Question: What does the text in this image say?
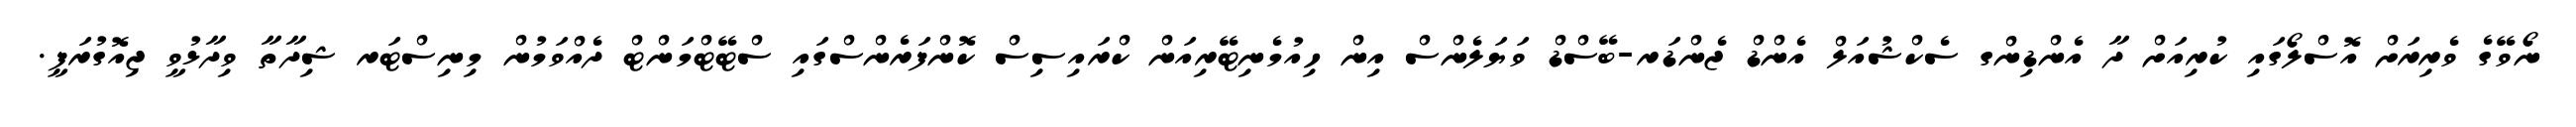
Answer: ނޯވޭގެ ވެރިރަށް އޮސްލޯގައި ކުރިއަށް ދާ އެންޑިންގ ސެކްޝުއަލް އެންޑް ޖެންޑަރ-ބޭސްޑް ވަޔަލެންސް އިން ހިއުމެނިޓޭރިއަން ކްރައިސިސް ކޮންފަރެންސްގައި ސްޓޭޓްމަންޓް ދެއްވަމުން މިނިސްޓަރ ޝިދާތާ ވިދާޅުވީ ޖިއޮގުރަފީ.